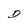
Character: D